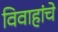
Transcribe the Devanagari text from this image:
विवाहांचे